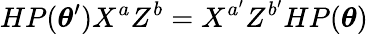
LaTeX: HP(\boldsymbol{\theta}^{\prime})X^{a}Z^{b}=X^{a^{\prime}}Z^{b^{\prime}}HP(\boldsymbol{\theta})